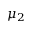
\mu _ { 2 }